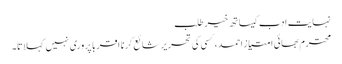
نہایت ادب کیساتھ خیر طلب
محترم بھائی امتیاز احمد، کسی کی تحریر شائع کرنا اقربا پروری نہیں کہلاتا۔